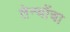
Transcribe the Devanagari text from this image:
तेन्योंचा